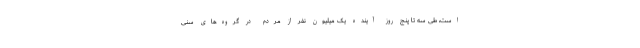
است، طی سه تا پنج روز آینده یک میلیون نفر از مردم در گروه‌های سنی